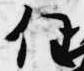
任